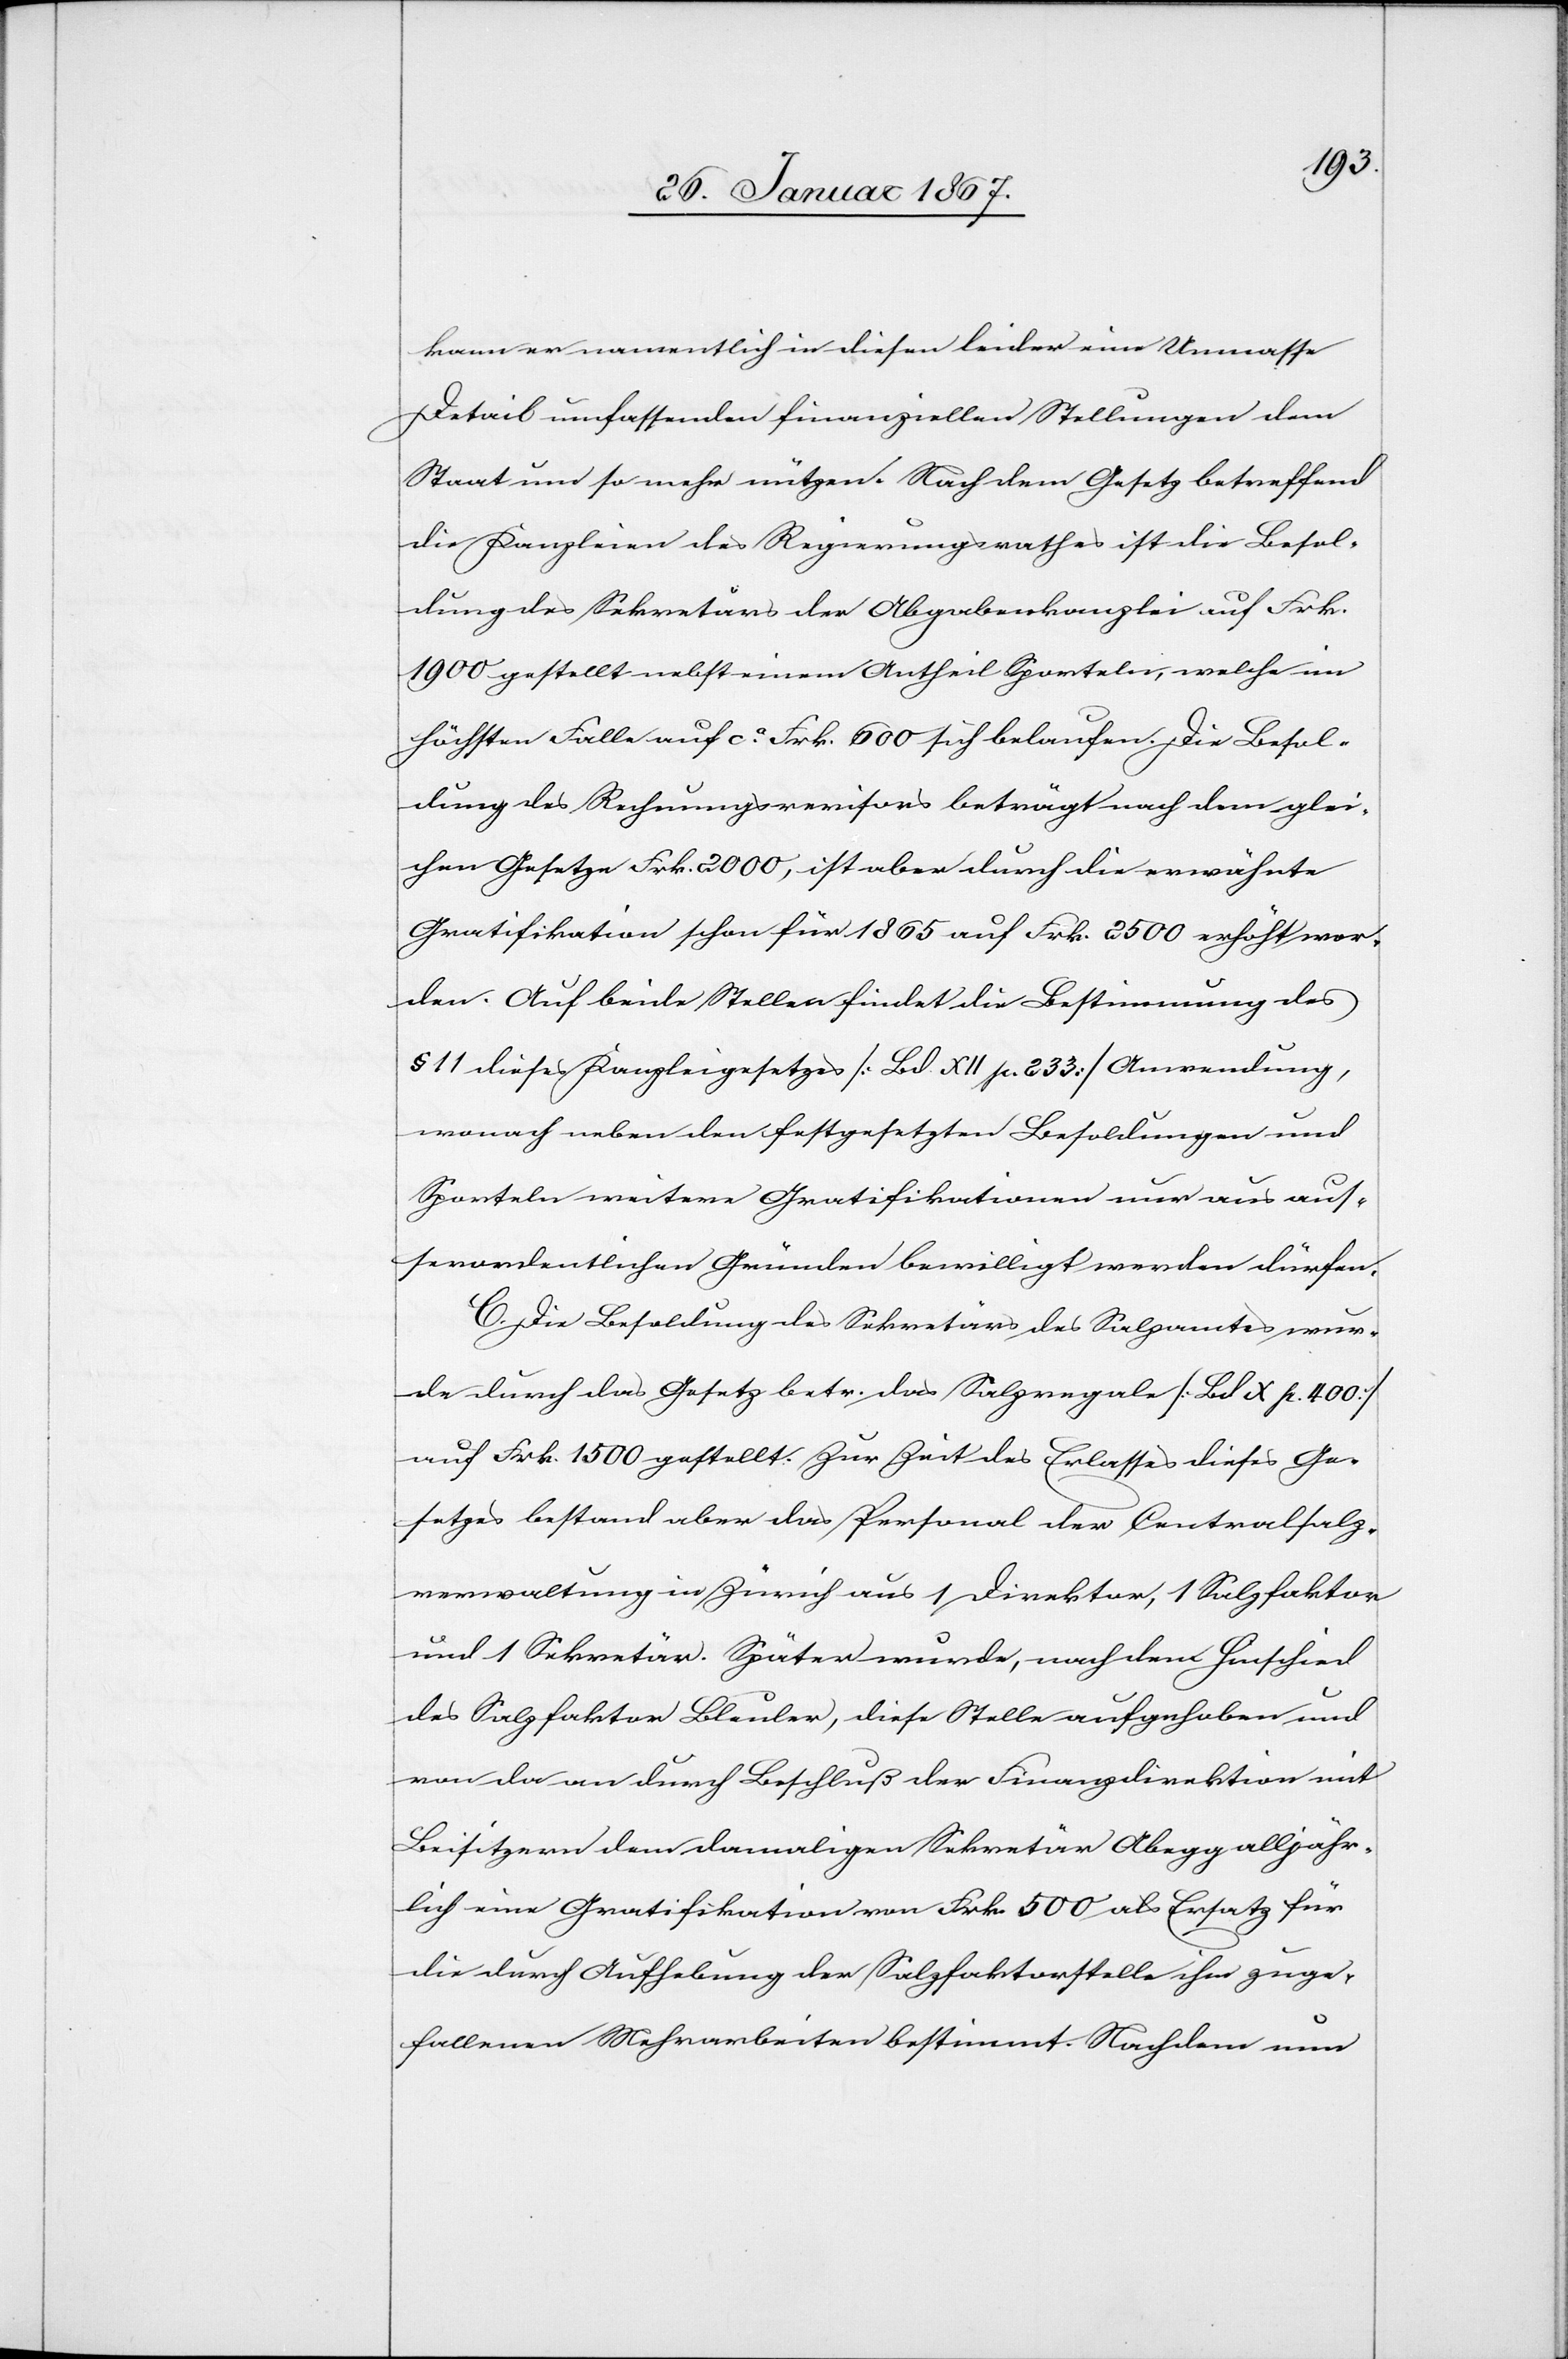
kann er namentlich in diesen leider eine Unmasse
Detail umfassenden finanziellen Stellungen dem
Staat um so mehr nützen. Nach dem Gesetz betreffend
die Kanzleien des Regierungsrathes ist die Besol¬
dung des Sekretärs der Abgabenkanzlei auf Frk.
1900 bestellt nebst einem Antheil Sporteln, welche im
höchsten Falle auf ca. Frk. 600 sich belaufen. Die Besol¬
dung des Rechnungsrevisors beträgt nach dem glei¬
chen Gesetze Frk. 2000, ist aber durch die erwähnte
Gratifikation schon für 1865 auf Frk. 2500 erhöht wor¬
den. Auf beide Stellen findet die Bestimmung des
§ 11 dieses Kanzleigesetzes (Bd. XII p. 233) Anwendung,
wonach neben den festgesetzten Besoldungen und
Sporteln weitere Gratifikationen nur aus aus¬
serordentlichen Gründen bewilligt werden dürfen.
C. Die Besoldung des Sekretärs des Salzamtes wur¬
de durch das Gesetz betr. das Salzregal (Bd X p. 400)
auf Frk. 1500 gestellt. Zur Zeit des Erlasses dieses Ge¬
setzes bestand aber das Personal der Centralsalz¬
verwaltung in Zürich aus 1 Direktor, 1 Salzfaktor
und 1 Sekretär. Später wurde, nach dem Hinschied
des Salzfaktor Bleuler, diese Stelle aufgehoben und
von da an durch Beschluß der Finanzdirektion mit
Beisitzern dem damaligen Sekretär Abegg alljähr¬
lich eine Gratifikation von Frk. 500 als Ersatz für
die durch Aufhebung der Salzfaktorstelle ihm zuge¬
fallenen Mehrarbeiten bestimmt. Nachdem nun